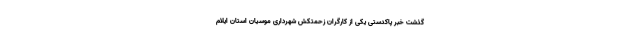
گذشت خبر پاکدستی یکی از کارگران زحمتکش شهرداری موسیان استان ایلام